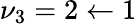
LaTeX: \nu_{3}=2\leftarrow 1